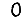
Digit: 0